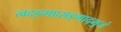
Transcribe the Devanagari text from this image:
त्वदङ्गप्रसङ्गाद्भुजं